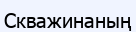
Скважинаның